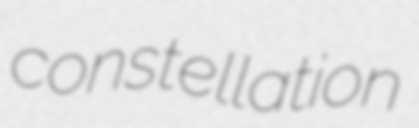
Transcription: constellation